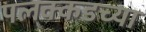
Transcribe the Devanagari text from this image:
पलक्कडच्या